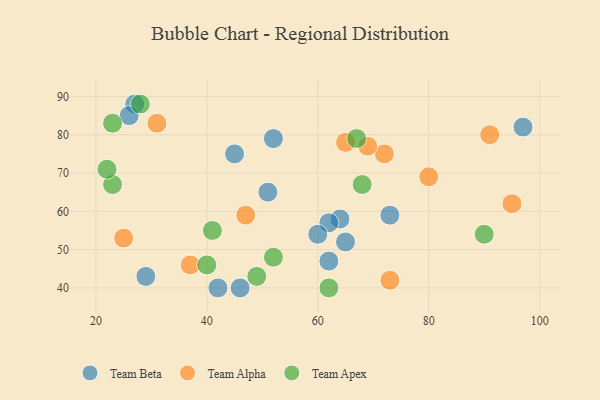
{"axis": {"x": "GDP", "y": "Life Expectancy"}, "legend": ["Team Alpha", "Team Apex", "Team Beta"], "data": [{"x": "27", "y": 88, "type": "Team Beta"}, {"x": "62", "y": 47, "type": "Team Beta"}, {"x": "42", "y": 40, "type": "Team Beta"}, {"x": "29", "y": 43, "type": "Team Beta"}, {"x": "97", "y": 82, "type": "Team Beta"}, {"x": "46", "y": 40, "type": "Team Beta"}, {"x": "51", "y": 65, "type": "Team Beta"}, {"x": "64", "y": 58, "type": "Team Beta"}, {"x": "52", "y": 79, "type": "Team Beta"}, {"x": "26", "y": 85, "type": "Team Beta"}, {"x": "65", "y": 52, "type": "Team Beta"}, {"x": "73", "y": 59, "type": "Team Beta"}, {"x": "45", "y": 75, "type": "Team Beta"}, {"x": "62", "y": 57, "type": "Team Beta"}, {"x": "60", "y": 54, "type": "Team Beta"}, {"x": "80", "y": 69, "type": "Team Alpha"}, {"x": "47", "y": 59, "type": "Team Alpha"}, {"x": "91", "y": 80, "type": "Team Alpha"}, {"x": "65", "y": 78, "type": "Team Alpha"}, {"x": "72", "y": 75, "type": "Team Alpha"}, {"x": "37", "y": 46, "type": "Team Alpha"}, {"x": "69", "y": 77, "type": "Team Alpha"}, {"x": "95", "y": 62, "type": "Team Alpha"}, {"x": "25", "y": 53, "type": "Team Alpha"}, {"x": "73", "y": 42, "type": "Team Alpha"}, {"x": "31", "y": 83, "type": "Team Alpha"}, {"x": "28", "y": 88, "type": "Team Apex"}, {"x": "67", "y": 79, "type": "Team Apex"}, {"x": "23", "y": 67, "type": "Team Apex"}, {"x": "23", "y": 83, "type": "Team Apex"}, {"x": "22", "y": 71, "type": "Team Apex"}, {"x": "52", "y": 48, "type": "Team Apex"}, {"x": "90", "y": 54, "type": "Team Apex"}, {"x": "40", "y": 46, "type": "Team Apex"}, {"x": "41", "y": 55, "type": "Team Apex"}, {"x": "68", "y": 67, "type": "Team Apex"}, {"x": "49", "y": 43, "type": "Team Apex"}, {"x": "62", "y": 40, "type": "Team Apex"}]}